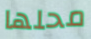
محلها